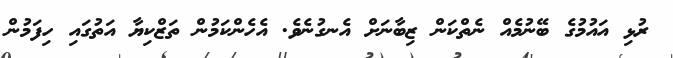
ރުޅި އައުމުގެ ބޭނުމެއް ނެތްކަން ޒިބާނަށް އެނގުނެވެ. އެހެންކަމުން ތަޒްކިޔާ އަތުގައި ހިފަމުން